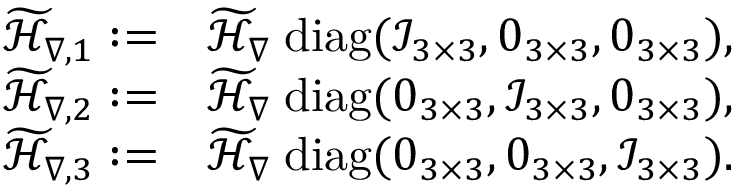
\begin{array} { r l } { \widetilde { \mathcal { H } } _ { \nabla , 1 } : = } & { \widetilde { \mathcal { H } } _ { \nabla } \; \mathrm { d i a g } ( \mathcal { I } _ { 3 \times 3 } , \boldsymbol { 0 } _ { 3 \times 3 } , \boldsymbol { 0 } _ { 3 \times 3 } ) , } \\ { \widetilde { \mathcal { H } } _ { \nabla , 2 } : = } & { \widetilde { \mathcal { H } } _ { \nabla } \; \mathrm { d i a g } ( \boldsymbol { 0 } _ { 3 \times 3 } , \mathcal { I } _ { 3 \times 3 } , \boldsymbol { 0 } _ { 3 \times 3 } ) , } \\ { \widetilde { \mathcal { H } } _ { \nabla , 3 } : = } & { \widetilde { \mathcal { H } } _ { \nabla } \; \mathrm { d i a g } ( \boldsymbol { 0 } _ { 3 \times 3 } , \boldsymbol { 0 } _ { 3 \times 3 } , \mathcal { I } _ { 3 \times 3 } ) . } \end{array}